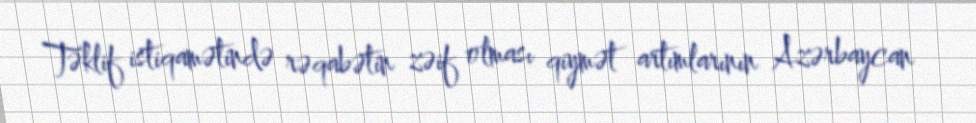
Təklif istiqamətində rəqabətin zəif olması qiymət artımlarının Azərbaycan